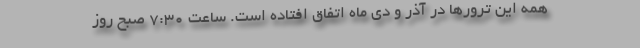
همه این ترورها در آذر و دی ماه اتفاق افتاده است. ساعت ۷:۳۰ صبح روز